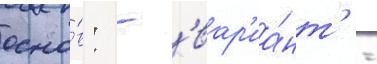
осно́в: - 'вар'иа́нт' -